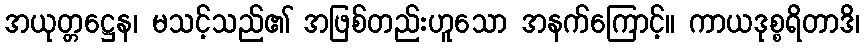
အယုတ္တဋ္ဌေန၊ မသင့်သည်၏ အဖြစ်တည်းဟူသော အနက်ကြောင့်။ ကာယဒုစ္စရိတာဒိ၊